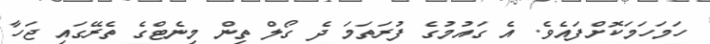
ހަމަހަމަކޮށްފައެވެ. އެ ގައުމުގެ ފުރަތަމަ ދެ ގޯލް ތިން މިނެޓްގެ ތެރޭގައި ޖަހާ